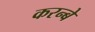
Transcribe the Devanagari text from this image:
करन्बे